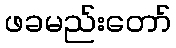
ဖခမည်းတော်